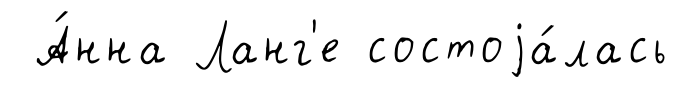
А́нна Ланг'е состоjа́лась